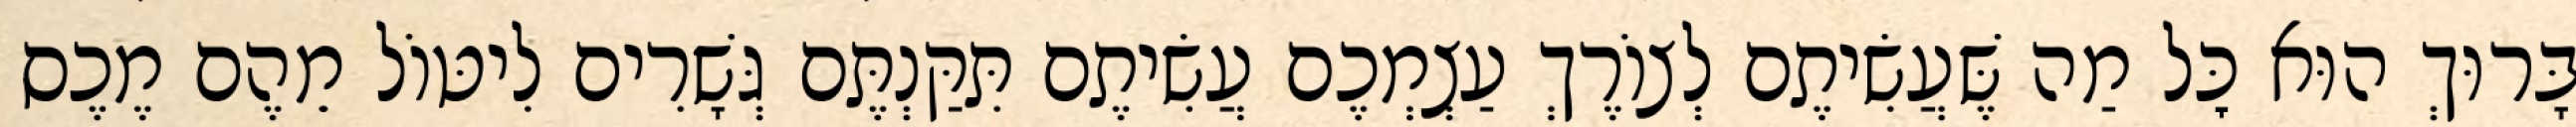
בָּרוּךְ הוּא כׇּל מַה שֶּׁעֲשִׂיתֶם לְצוֹרֶךְ עַצְמְכֶם עֲשִׂיתֶם תִּקַּנְתֶּם גְּשָׁרִים לִיטּוֹל מֵהֶם מֶכֶס